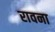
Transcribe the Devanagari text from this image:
रावना